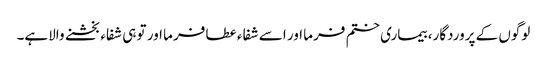
لوگوں کے پروردگار، بیماری ختم فرما اور اسے شفاء عطا فرما اور تو ہی شفاء بخشنے والاہے۔